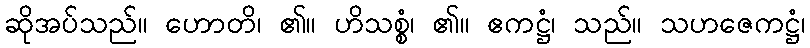
ဆိုအပ်သည်။ ဟောတိ၊ ၏။ ဟိသစ္စံ၊ ၏။ ဧကဋ္ဌံ၊ သည်။ သဟဇေကဋ္ဌံ၊